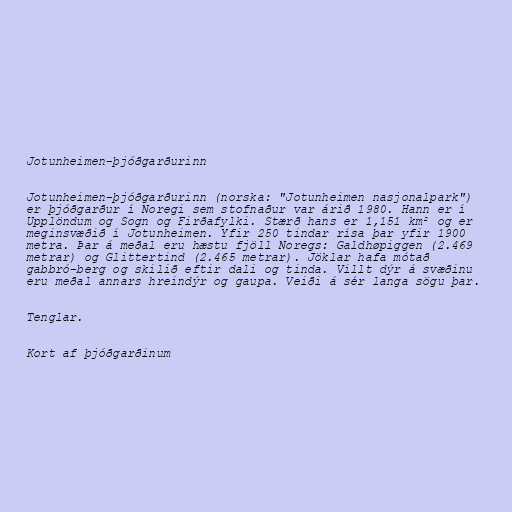
Jotunheimen-þjóðgarðurinn

Jotunheimen-þjóðgarðurinn (norska: "Jotunheimen nasjonalpark")
er þjóðgarður í Noregi sem stofnaður var árið 1980. Hann er í
Upplöndum og Sogn og Firðafylki. Stærð hans er 1,151 km² og er
meginsvæðið í Jotunheimen. Yfir 250 tindar rísa þar yfir 1900
metra. Þar á meðal eru hæstu fjöll Noregs: Galdhøpiggen (2.469
metrar) og Glittertind (2.465 metrar). Jöklar hafa mótað
gabbró-berg og skilið eftir dali og tinda. Villt dýr á svæðinu
eru meðal annars hreindýr og gaupa. Veiði á sér langa sögu þar.

Tenglar.

Kort af þjóðgarðinum